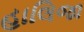
હાલિજા